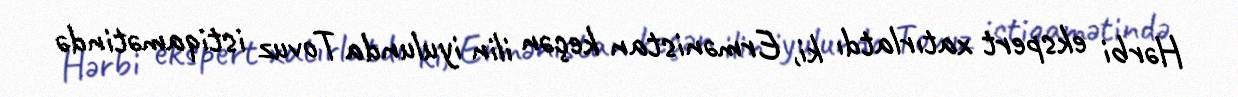
Hərbi ekspert xatırlatdı ki, Ermənistan keçən ilin iyulunda Tovuz istiqamətində